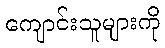
ကျောင်းသူများကို